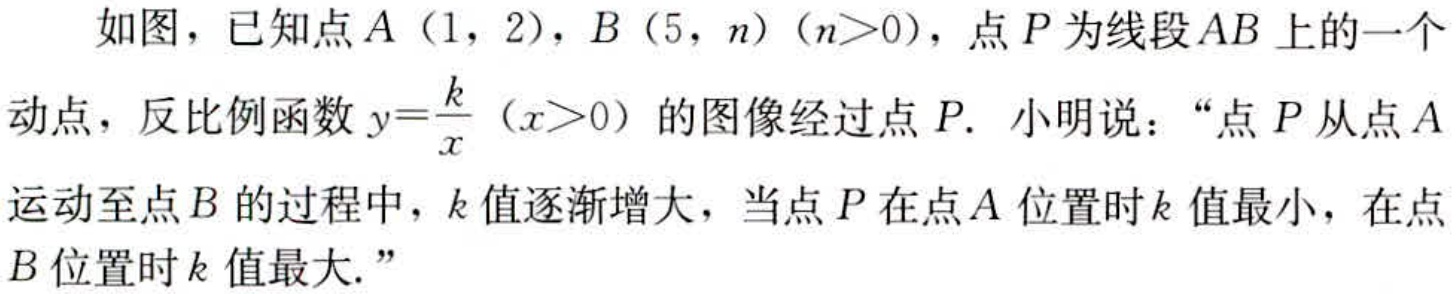
如图，已知点\(A(1,2)\)，\(B(5,n)(n > 0)\)，点\(P\)为线段\(AB\)上的一个动点，反比例函数\(y = \frac{k}{x}(x>0)\)的图像经过点\(P\). 小明说：“点\(P\)从点\(A\)运动至点\(B\)的过程中，\(k\)值逐渐增大，当点\(P\)在点\(A\)位置时\(k\)值最小，在点\(B\)位置时\(k\)值最大.”